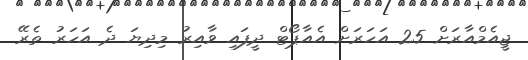
ޖީއެމްއާރަށް 25 އަހަރަށް އެއާޕޯޓް ދީފައި ވާއިރު މިދިޔަ ދެ އަހަރު ތެރޭ